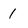
Character: 1